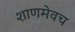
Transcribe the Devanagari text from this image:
शाणमेवच